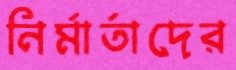
নির্মার্তাদের